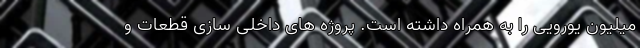
میلیون یورویی را به همراه داشته است. پروژه های داخلی سازی قطعات و